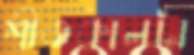
শীতকালটা